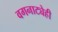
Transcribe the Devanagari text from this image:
वगनाट्येही